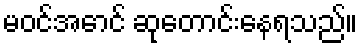
မဝင်အောင် ဆုတောင်းနေရသည်။